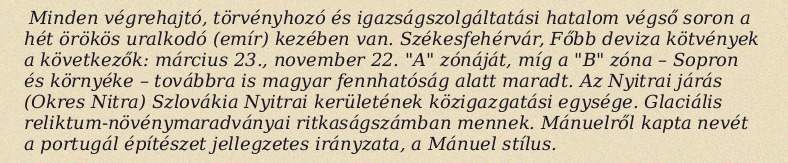
Minden végrehajtó, törvényhozó és igazságszolgáltatási hatalom végső soron a hét örökös uralkodó (emír) kezében van. Székesfehérvár, Főbb deviza kötvények a következők: március 23., november 22. "A" zónáját, míg a "B" zóna – Sopron és környéke – továbbra is magyar fennhatóság alatt maradt. Az Nyitrai járás (Okres Nitra) Szlovákia Nyitrai kerületének közigazgatási egysége. Glaciális reliktum-növénymaradványai ritkaságszámban mennek. Mánuelről kapta nevét a portugál építészet jellegzetes irányzata, a Mánuel stílus.